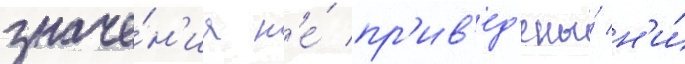
значе́н'иа н'е́ пр'ив'ед'ены́ н'и́